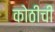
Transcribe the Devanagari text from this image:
कोठीची